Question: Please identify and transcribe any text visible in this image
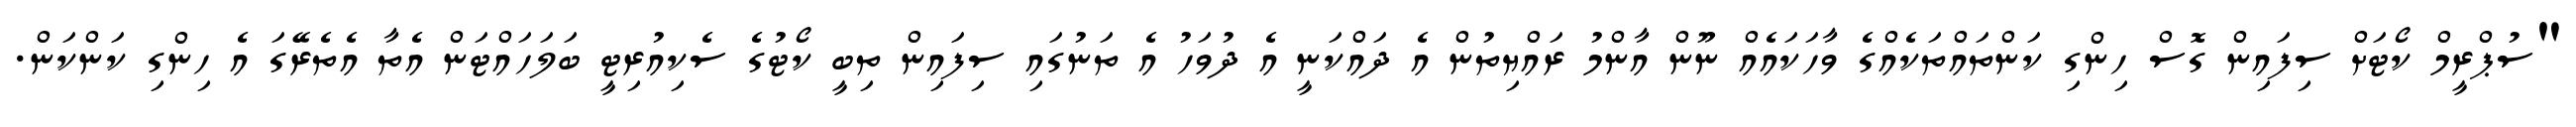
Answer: "ސުޕްރީމް ކޯޓަށް ސިފައިން ގޮސް ހިންގި ކަންތައްތަކެއްގެ ވާހަކައެއް ނޫން އާންމު ރައްޔިތުން އެ ދައްކަނީ އެ ދުވަހު އެ ތަނުގައި ސިފައިން ތިބީ ކޯޓުގެ ސެކިއުރިޓީ ބަލަހައްޓަން އެތާ އެތެރޭގަ އެ ހިންގި ކަންކަން.